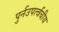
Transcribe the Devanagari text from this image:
पुर्नउपर्त्वचीय